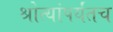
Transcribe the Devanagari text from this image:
श्रोत्यांपर्यंतच